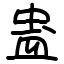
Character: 蛊